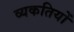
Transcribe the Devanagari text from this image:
व्यकतियों